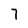
Character: 7